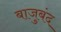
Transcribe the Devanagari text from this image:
बाजुबंद